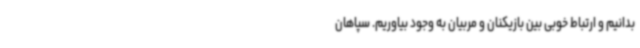
بدانیم و ارتباط خوبی بین بازیکنان و مربیان به وجود بیاوریم. سپاهان